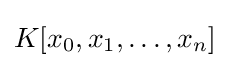
K[x_{0},x_{1},\dots ,x_{n}]